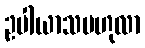
ဥပါယာသဗဟုလာ